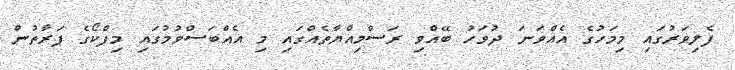
ފެލިވަރުގައި މިމަހުގެ އެއްވަނަ ދުވަހު ބޭއްވި ރަސްމިއްޔާތެއްގައި މި އެއްބަސްވުމުގައި މިފްކޯގެ ފަރާތުން